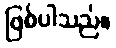
ဖြစ်ပါသည်။